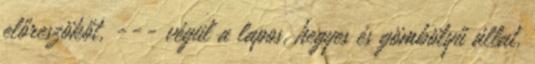
előreszökőt, --- végül a lapos, hegyes és gömbölyű állat.